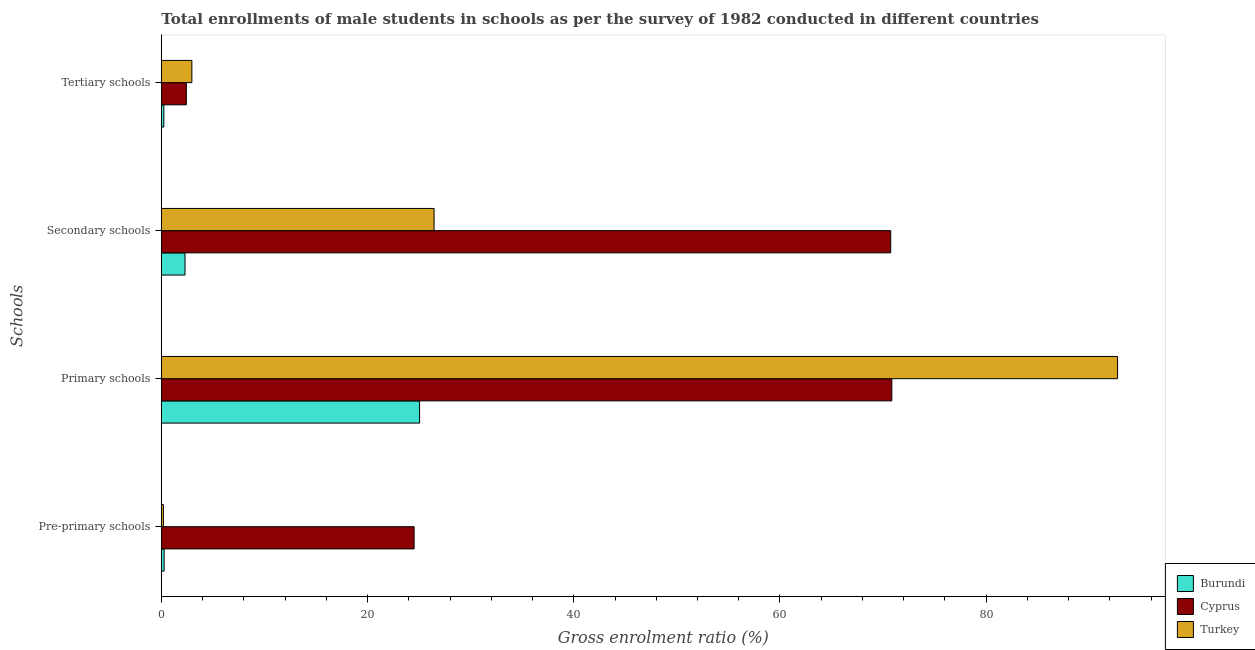
| Schools | Burundi | Cyprus | Turkey |
 | --- | --- | --- | --- |
 | Pre-primary schools | 0.274 | 24.5 | 0.201 |
 | Primary schools | 25 | 70.8 | 92.7 |
 | Secondary schools | 2.3 | 70.7 | 26.5 |
 | Tertiary schools | 0.244 | 2.43 | 2.96 |